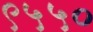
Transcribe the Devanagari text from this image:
९५५०